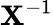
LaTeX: {\mathbf X}^{-1}